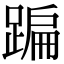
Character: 蹁